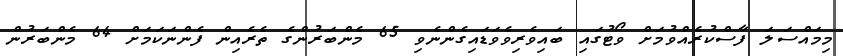
މިމައްސަލަ ފާސްކުރެއްވުމަށް ވޯޓުގައި ބައިވެރިވެވަޑައިގެންނެވި 65 މެންބަރުންގެ ތެރެއިން ފެންނަކަމަށް 64 މެންބަރުން